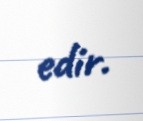
edir.